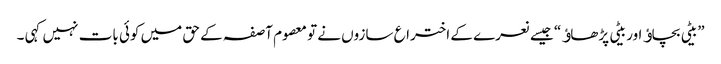
”بیٹی بچاﺅ اور بیٹی پڑھاﺅ“ جیسے نعرے کے اختراع سازوں نے تو معصوم آصفہ کے حق میں کوئی بات نہیں کہی ۔